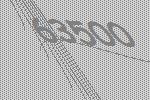
63500